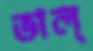
ভাল্